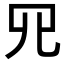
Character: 𦉭